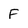
Character: F